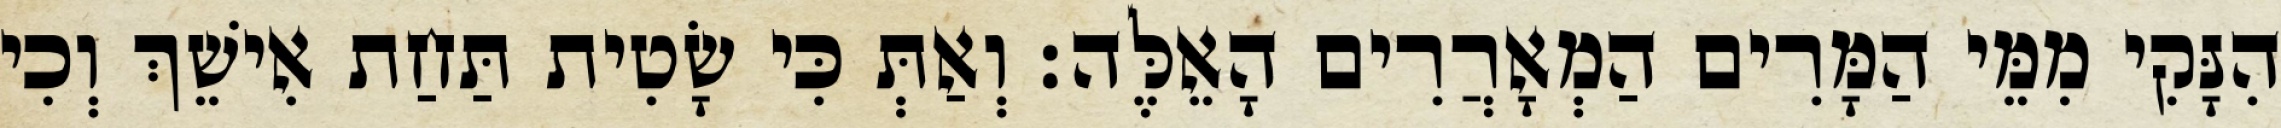
הִנָּקִי מִמֵּי הַמָּרִים הַמְאָרֲרִים הָאֵלֶּה׃ וְאַתְּ כִּי שָׂטִית תַּחַת אִישֵׁךְ וְכִי